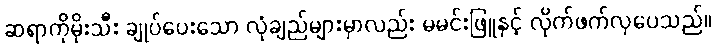
ဆရာကိုမိုးသီး ချုပ်ပေးသော လုံချည်များမှာလည်း မမင်းဖြူနှင့် လိုက်ဖက်လှပေသည်။